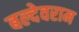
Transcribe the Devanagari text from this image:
बल्देवराम